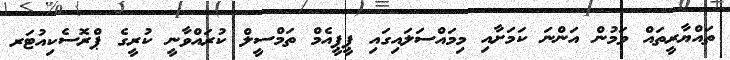
ތައްޔާރީތައް ވަމުން އަންނަ ކަމަށާއި މިމައްސަލައިގައި ޕީޕީއެމް ތަމްސީލް ކުރައްވާނީ ކުރީގެ ޕްރޮސެކިއުޓަރ